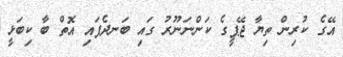
އޭގެ ކުރިން ތިޔާ ޖޭޕީގެ ކަންނަނޫރު ގައި ބަނދެފައި އޮތް ބާ ކިބަޅީ